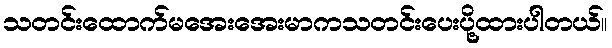
သတင်းထောက်မအေးအေးမာကသတင်းပေးပို့ထားပါတယ်။